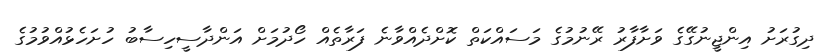
ދިގުރަށު އިންޖީނުގޭގެ ވަށާފާރު ރޭނުމުގެ މަސައްކަތް ކޮށްދެއްވާނެ ފަރާތެއް ހޯދުމަށް އަންދާސީހިސާބު ހުށަހެޅުއްވުމުގެ